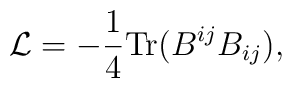
{\cal L} = -\frac{1}{4} {\rm Tr} \bigl(B^{ij} B_{ij}\bigr),